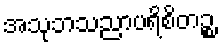
အသုဘသညာပရိစိတဉ္စ